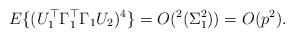
LaTeX: \begin{align*}E\{(U_{1}^{\top}\Gamma_{1}^{\top}\Gamma_{1}U_{2})^{4}\}=O(^{2}(\Sigma_{1}^{2}))=O(p^{2}).\end{align*}